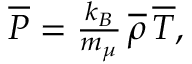
\begin{array} { r } { \overline { { P } } = { \frac { k _ { B } } { m _ { \mu } } } \, \overline { { \rho } } \, \overline { { T } } , } \end{array}